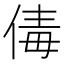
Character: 𠉩